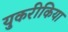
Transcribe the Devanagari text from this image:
युकरीकिया